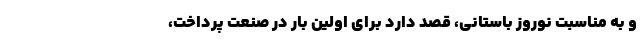
و به مناسبت نوروز باستانی، قصد دارد برای اولین بار در صنعت پرداخت،